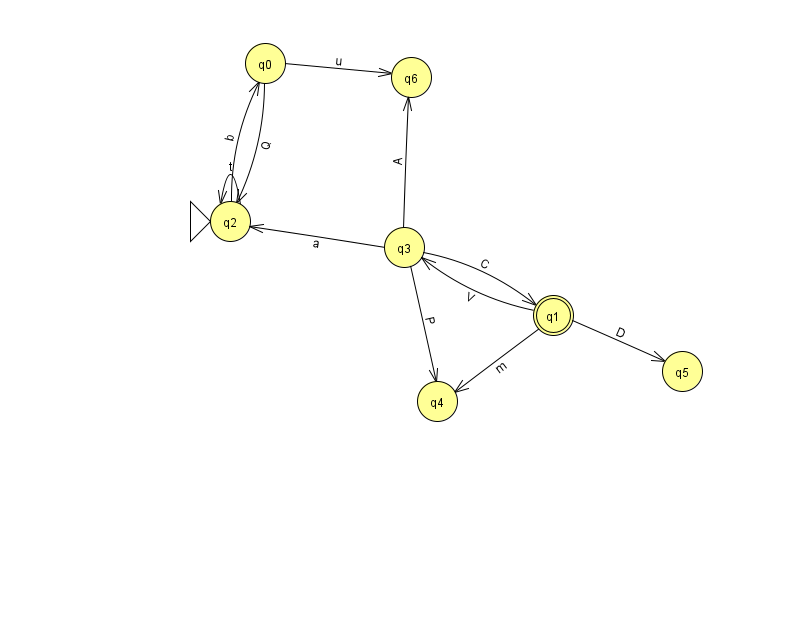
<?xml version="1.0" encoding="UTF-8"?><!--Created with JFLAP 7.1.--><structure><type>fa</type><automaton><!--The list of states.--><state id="0" name="q0"><x>265.0</x><y>50.0</y></state><state id="1" name="q1"><x>553.0</x><y>302.0</y><final/></state><state id="2" name="q2"><x>230.0</x><y>208.0</y><initial/></state><state id="3" name="q3"><x>404.0</x><y>234.0</y></state><state id="4" name="q4"><x>437.0</x><y>388.0</y></state><state id="5" name="q5"><x>682.0</x><y>358.0</y></state><state id="6" name="q6"><x>411.0</x><y>64.0</y></state><!--The list of transitions.--><transition><from>0</from><to>2</to><read>Q</read></transition><transition><from>3</from><to>2</to><read>a</read></transition><transition><from>2</from><to>0</to><read>b</read></transition><transition><from>2</from><to>2</to><read>t</read></transition><transition><from>3</from><to>1</to><read>C</read></transition><transition><from>3</from><to>4</to><read>P</read></transition><transition><from>1</from><to>5</to><read>D</read></transition><transition><from>3</from><to>6</to><read>A</read></transition><transition><from>0</from><to>6</to><read>u</read></transition><transition><from>1</from><to>3</to><read>V</read></transition><transition><from>1</from><to>4</to><read>m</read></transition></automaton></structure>